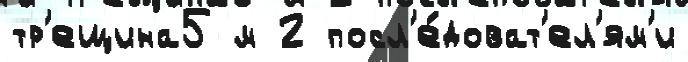
тр'ещина5 м 2 посл'е́доват'ел'ям'и